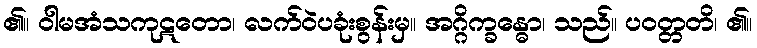
၏။ ဝါမအံသကုဋတော၊ လက်ဝဲပခုံးစွန်းမှ။ အဂ္ဂိက္ခန္ဓော၊ သည်။ ပဝတ္တတိ၊ ၏။